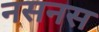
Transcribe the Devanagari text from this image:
नसनस